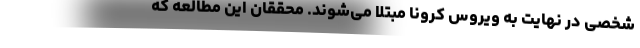
شخصی در نهایت به ویروس کرونا مبتلا می‌شوند. محققان این مطالعه که